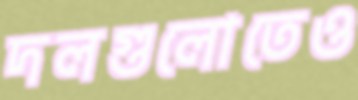
দলগুলোতেও